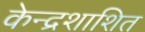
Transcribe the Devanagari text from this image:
केन्द्रशाशित